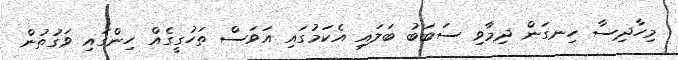
މިހާދިސާ ހިނގަން ދިމާވި ސަބަބު ބަލައި އެކަމުގައި އަވަސް ތަހުގީގެއް ހިންގައި ވަގުތުން